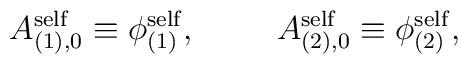
A_{(1),0}^{\rm self} \equiv {\phi}_{(1)}^{\rm self}  ,\hspace{1 cm}A_{(2),0}^{\rm self} \equiv {\phi}_{(2)}^{\rm self} ,